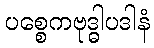
ပစ္စေကဗုဒ္ဓါပဒါနံ